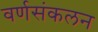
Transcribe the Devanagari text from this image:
वर्णसंकलन